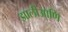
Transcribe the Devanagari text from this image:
झालीआणि